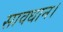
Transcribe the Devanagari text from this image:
सावधान।